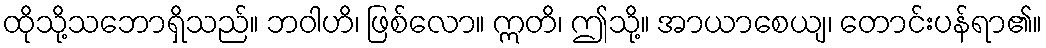
ထိုသို့သဘောရှိသည်။ ဘဝါဟိ၊ ဖြစ်လော။ ဣတိ၊ ဤသို့။ အာယာစေယျ၊ တောင်းပန်ရာ၏။